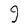
Character: g